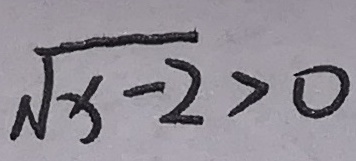
\sqrt { x - 2 } > 0